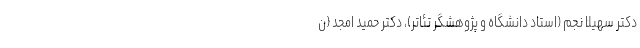
دکتر سهیلا نجم (استاد دانشگاه و پژوهشگر تئاتر)، دکتر حمید امجد (ن